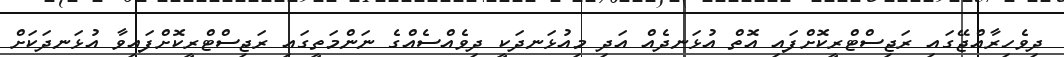
ދިވެހިރާއްޖޭގައި ރަޖިސްޓްރީކޮށްފައި އޮތް އުޅަނދެއް އަދި މިއުޅަނދަކީ ދިވެއްސެއްގެ ނަންމަތީގައި ރަޖިސްޓްރީކޮށްފައިވާ އުޅަނދަކަށް